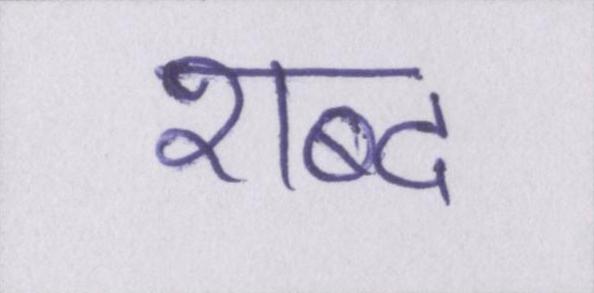
शब्द